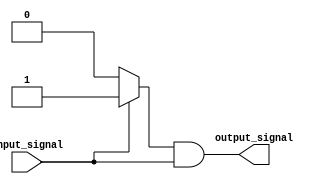
module push_pull_buffer (
    input wire input_signal,
    output reg output_signal
);

reg pmos_output, nmos_output;

// PMOS transistor pulls output signal to VDD when input signal is high
always @(*) begin
    if (input_signal)
        pmos_output = 1'b1;
    else
        pmos_output = 1'b0;
end

// NMOS transistor pulls output signal to ground when input signal is low
always @(*) begin
    if (!input_signal)
        nmos_output = 1'b1;
    else
        nmos_output = 1'b0;
end

// Output signal is determined by the pull-up and pull-down transistors
always @* begin
    output_signal = pmos_output & !nmos_output;
end

endmodule